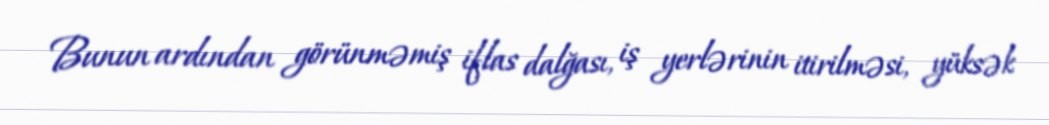
Bunun ardından görünməmiş iflas dalğası, iş yerlərinin itirilməsi, yüksək